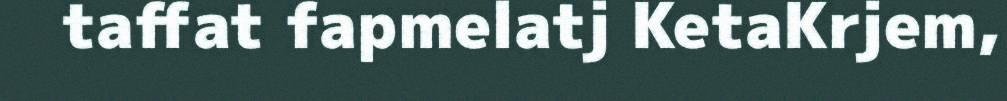
taffat fapmelatj KetaKrjem,